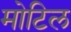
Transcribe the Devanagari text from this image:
मोटिल